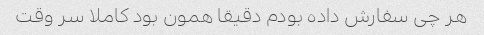
هر چی سفارش داده بودم دقیقا همون بود کاملا سر وقت